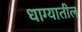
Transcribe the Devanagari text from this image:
धाग्यातील